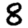
Digit: 8